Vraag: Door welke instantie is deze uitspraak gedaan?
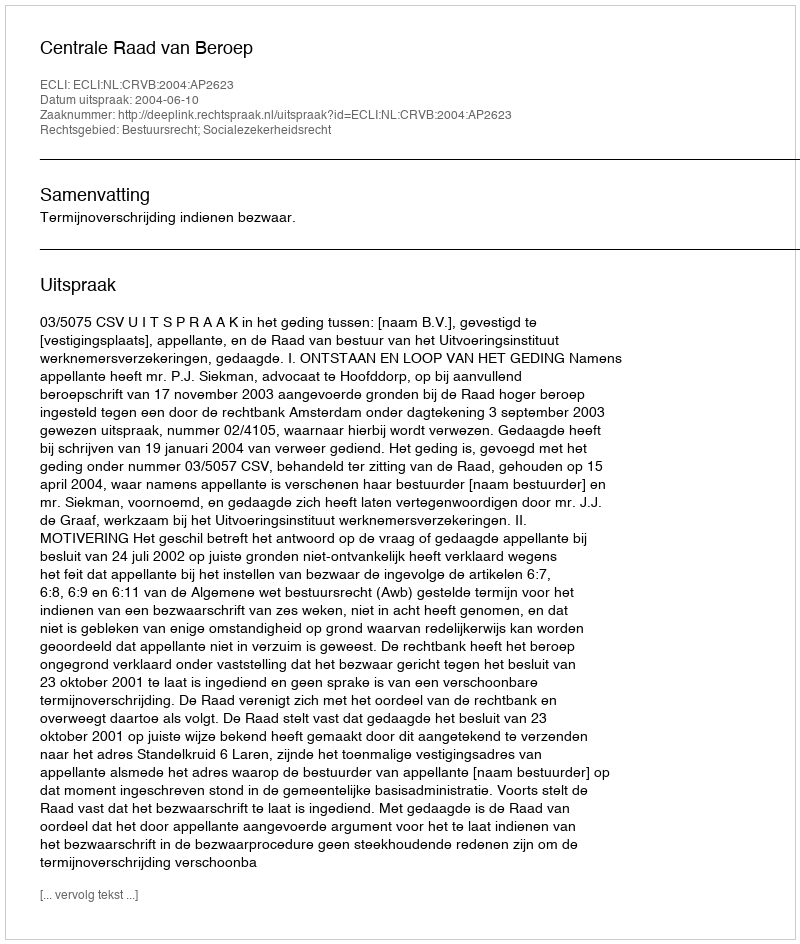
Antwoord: Centrale Raad van Beroep